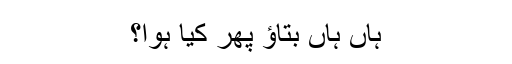
ہاں ہاں بتاؤ پھر کیا ہوا؟